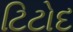
ટિટોદ